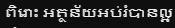
ពិរោះ អត្ថន័យអប់រំបានល្អ